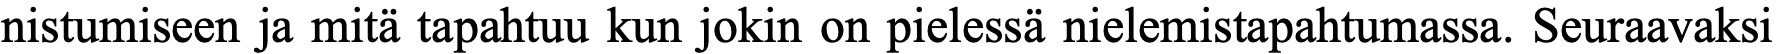
nistumiseen ja mitä tapahtuu kun jokin on pielessä nielemistapahtumassa. Seuraavaksi